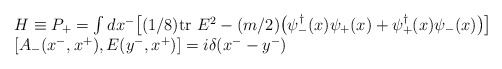
\begin{align*}\begin{array}{l}H \equiv P_+ = \int dx^- \big[ (1/8){\rm tr}~E^2 -(m/2)\big(\psi^\dagger_-(x)\psi_+(x) + \psi^\dagger_+(x) \psi_-(x) \big) \big] \\\left[A_-(x^-,x^+), E(y^-, x^+) \right] = i \delta (x^- - y^-)\end{array}\end{align*}